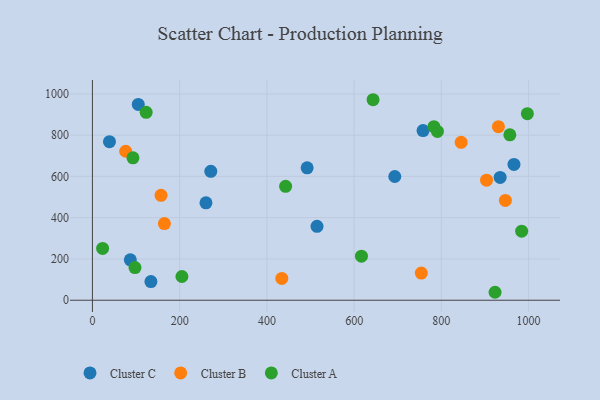
{"axis": {"x": "Study Hours", "y": "Profit"}, "legend": ["Cluster A", "Cluster B", "Cluster C"], "data": [{"x": "966.5", "y": 658.3, "type": "Cluster C"}, {"x": "39.1", "y": 768.1, "type": "Cluster C"}, {"x": "105.1", "y": 948.9, "type": "Cluster C"}, {"x": "134.1", "y": 90.3, "type": "Cluster C"}, {"x": "758.0", "y": 822.1, "type": "Cluster C"}, {"x": "86.9", "y": 195.6, "type": "Cluster C"}, {"x": "271.4", "y": 624.7, "type": "Cluster C"}, {"x": "514.9", "y": 358.3, "type": "Cluster C"}, {"x": "492.3", "y": 641.4, "type": "Cluster C"}, {"x": "693.2", "y": 599.5, "type": "Cluster C"}, {"x": "260.3", "y": 472.2, "type": "Cluster C"}, {"x": "934.8", "y": 595.3, "type": "Cluster C"}, {"x": "165.0", "y": 371.4, "type": "Cluster B"}, {"x": "946.8", "y": 483.5, "type": "Cluster B"}, {"x": "76.3", "y": 722.0, "type": "Cluster B"}, {"x": "434.2", "y": 105.8, "type": "Cluster B"}, {"x": "845.4", "y": 765.4, "type": "Cluster B"}, {"x": "930.8", "y": 841.1, "type": "Cluster B"}, {"x": "903.6", "y": 581.6, "type": "Cluster B"}, {"x": "157.3", "y": 508.4, "type": "Cluster B"}, {"x": "754.0", "y": 131.4, "type": "Cluster B"}, {"x": "957.0", "y": 801.5, "type": "Cluster A"}, {"x": "23.4", "y": 250.9, "type": "Cluster A"}, {"x": "205.2", "y": 115.0, "type": "Cluster A"}, {"x": "782.9", "y": 840.9, "type": "Cluster A"}, {"x": "123.2", "y": 910.3, "type": "Cluster A"}, {"x": "997.2", "y": 904.0, "type": "Cluster A"}, {"x": "93.0", "y": 690.2, "type": "Cluster A"}, {"x": "923.1", "y": 38.5, "type": "Cluster A"}, {"x": "616.8", "y": 213.2, "type": "Cluster A"}, {"x": "442.9", "y": 551.8, "type": "Cluster A"}, {"x": "97.6", "y": 158.4, "type": "Cluster A"}, {"x": "643.4", "y": 971.6, "type": "Cluster A"}, {"x": "791.0", "y": 817.9, "type": "Cluster A"}, {"x": "984.1", "y": 334.4, "type": "Cluster A"}]}